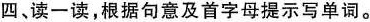
四、读一读,根据句意及首字母提示写单词。